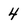
Character: 4